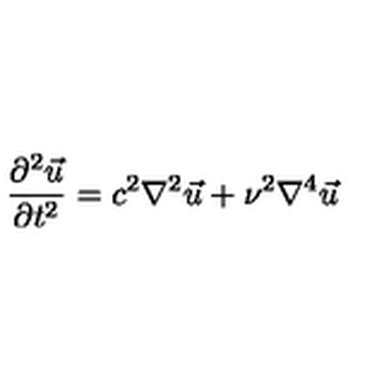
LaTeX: { \frac { \partial ^ { 2 } { \vec { u } } } { \partial t ^ { 2 } } } = c ^ { 2 } { \nabla ^ { 2 } } { \vec { u } } + \nu ^ { 2 } { \nabla ^ { 4 } } { \vec { u } }